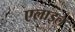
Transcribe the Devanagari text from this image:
एलाइल